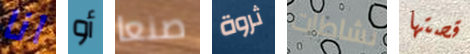
انا أو صنعا ثروة نشاطات قصتها